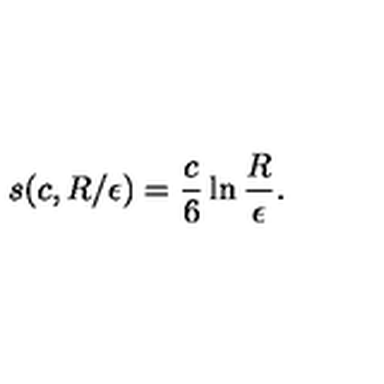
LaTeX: s ( c , R / \epsilon ) = { \frac { c } { 6 } } \ln { \frac { R } { \epsilon } } .